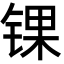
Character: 锞